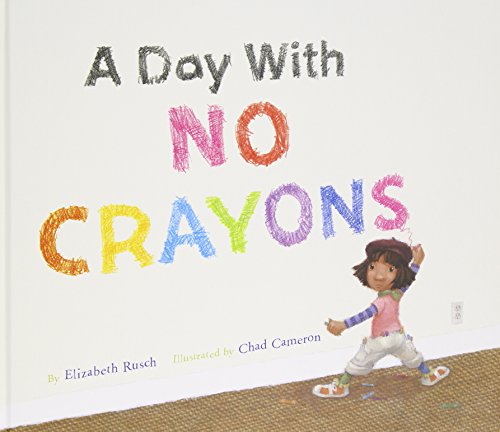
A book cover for A Day With No Crayons; Elizabeth Rusch; Children's Books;